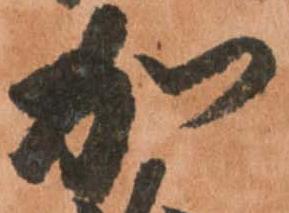
加